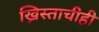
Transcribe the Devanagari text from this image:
ख्रिस्ताचीही